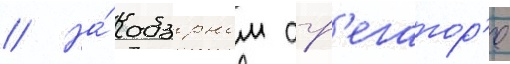
// На́ обзорном агр'егатор'е